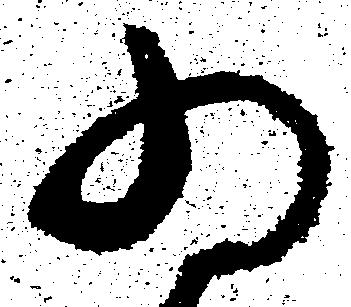
為